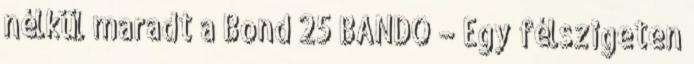
nélkül maradt a Bond 25 BANDO – Egy félszigeten